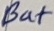
Text: Bat